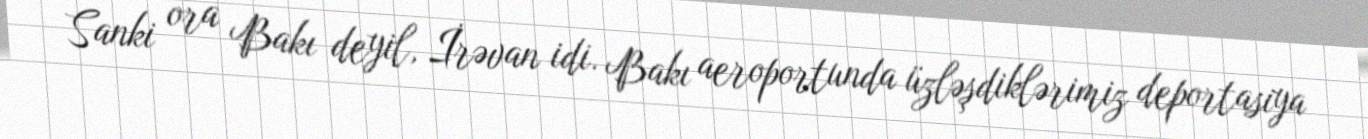
Sanki ora Bakı deyil, İrəvan idi. Bakı aeroportunda üzləşdiklərimiz deportasiya